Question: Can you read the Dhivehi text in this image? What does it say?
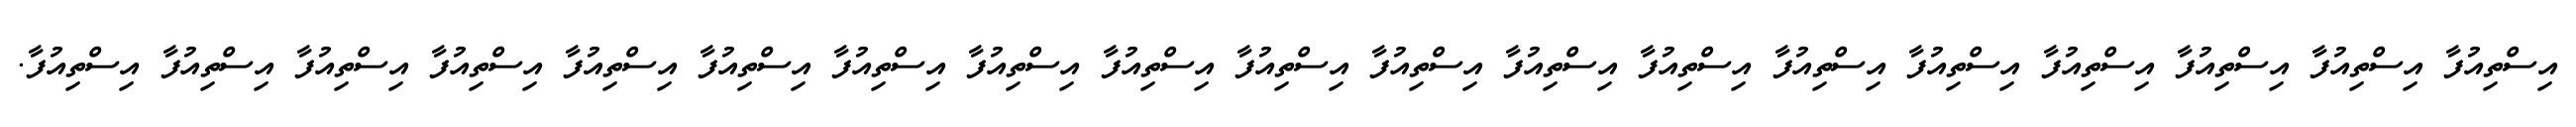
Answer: އިސްތިއުފާ އިސްތިއުފާ އިސްތިއުފާ އިސްތިއުފާ އިސްތިއުފާ އިސްތިއުފާ އިސްތިއުފާ އިސްތިއުފާ އިސްތިއުފާ އިސްތިއުފާ އިސްތިއުފާ އިސްތިއުފާ އިސްތިއުފާ އިސްތިއުފާ އިސްތިއުފާ އިސްތިއުފާ އިސްތިއުފާ އިސްތިއުފާ އިސްތިއުފާ.